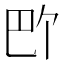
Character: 𪩬